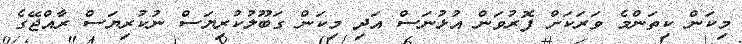
މިކަން ކިތަންމެ ވަރަކަށް ފޮރުވަން އުޅުނަސް އަދި މިކަން ގަބޫލުކުރިޔަސް ނުކުރިޔަސް ރާއްޖޭގެ